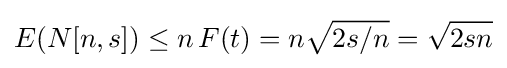
E(N[n,s])\leq n\,F(t)=n{\sqrt {2s/n}}={\sqrt {2sn}}